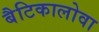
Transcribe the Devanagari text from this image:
बैटिकालोवा